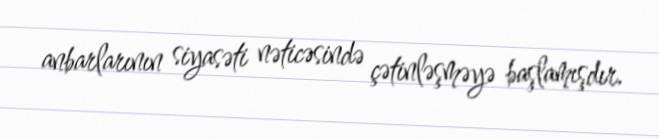
anbarlarının siyasəti nəticəsində çətinləşməyə başlamışdır.